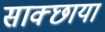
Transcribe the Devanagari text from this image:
साक्छाया